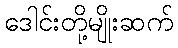
ဒေါင်းတို့မျိုးဆက်